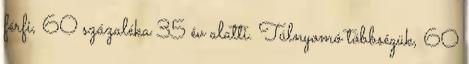
férfi, 60 százaléka 35 év alatti. Túlnyomó többségük, 60